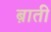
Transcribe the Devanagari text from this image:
ब़ाती